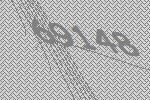
69148